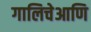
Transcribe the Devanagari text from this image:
गालिचेआणि